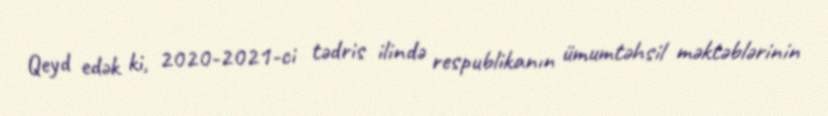
Qeyd edək ki, 2020-2021-ci tədris ilində respublikanın ümumtəhsil məktəblərinin